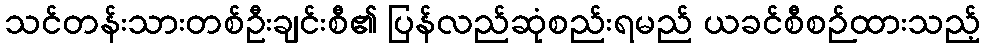
သင်တန်းသားတစ်ဦးချင်းစီ၏ ပြန်လည်ဆုံစည်းရမည် ယခင်စီစဉ်ထားသည့်